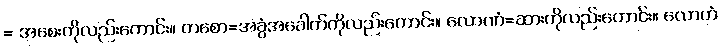
= အစေးကိုလည်းကောင်း။ တစော=အခွံအခေါက်ကိုလည်းကောင်း။ လောဏံ=ဆားကိုလည်းကောင်း။ လောဟံ